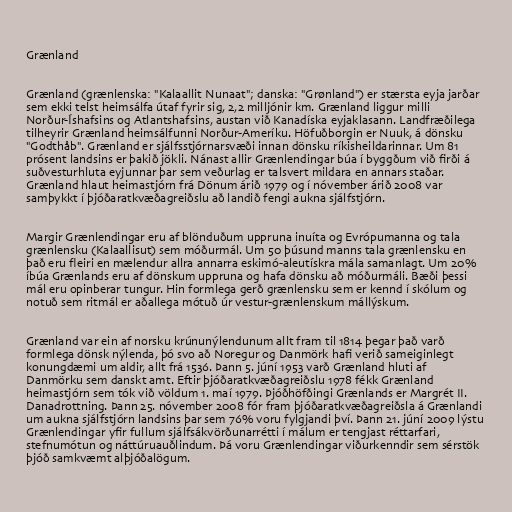
Grænland

Grænland (grænlenska: "Kalaallit Nunaat"; danska: "Grønland") er stærsta eyja jarðar
sem ekki telst heimsálfa útaf fyrir sig, 2,2 milljónir km. Grænland liggur milli
Norður-Íshafsins og Atlantshafsins, austan við Kanadíska eyjaklasann. Landfræðilega
tilheyrir Grænland heimsálfunni Norður-Ameríku. Höfuðborgin er Nuuk, á dönsku
"Godthåb". Grænland er sjálfsstjórnarsvæði innan dönsku ríkisheildarinnar. Um 81
prósent landsins er þakið jökli. Nánast allir Grænlendingar búa í byggðum við firði á
suðvesturhluta eyjunnar þar sem veðurlag er talsvert mildara en annars staðar.
Grænland hlaut heimastjórn frá Dönum árið 1979 og í nóvember árið 2008 var
samþykkt í þjóðaratkvæðagreiðslu að landið fengi aukna sjálfstjórn.

Margir Grænlendingar eru af blönduðum uppruna inuíta og Evrópumanna og tala
grænlensku (Kalaallisut) sem móðurmál. Um 50 þúsund manns tala grænlensku en
það eru fleiri en mælendur allra annarra eskimó-aleutískra mála samanlagt. Um 20%
íbúa Grænlands eru af dönskum uppruna og hafa dönsku að móðurmáli. Bæði þessi
mál eru opinberar tungur. Hin formlega gerð grænlensku sem er kennd í skólum og
notuð sem ritmál er aðallega mótuð úr vestur-grænlenskum mállýskum.

Grænland var ein af norsku krúnunýlendunum allt fram til 1814 þegar það varð
formlega dönsk nýlenda, þó svo að Noregur og Danmörk hafi verið sameiginlegt
konungdæmi um aldir, allt frá 1536. Þann 5. júní 1953 varð Grænland hluti af
Danmörku sem danskt amt. Eftir þjóðaratkvæðagreiðslu 1978 fékk Grænland
heimastjórn sem tók við völdum 1. maí 1979. Þjóðhöfðingi Grænlands er Margrét II.
Danadrottning. Þann 25. nóvember 2008 fór fram þjóðaratkvæðagreiðsla á Grænlandi
um aukna sjálfstjórn landsins þar sem 76% voru fylgjandi því. Þann 21. júní 2009 lýstu
Grænlendingar yfir fullum sjálfsákvörðunarrétti í málum er tengjast réttarfari,
stefnumótun og náttúruauðlindum. Þá voru Grænlendingar viðurkenndir sem sérstök
þjóð samkvæmt alþjóðalögum.